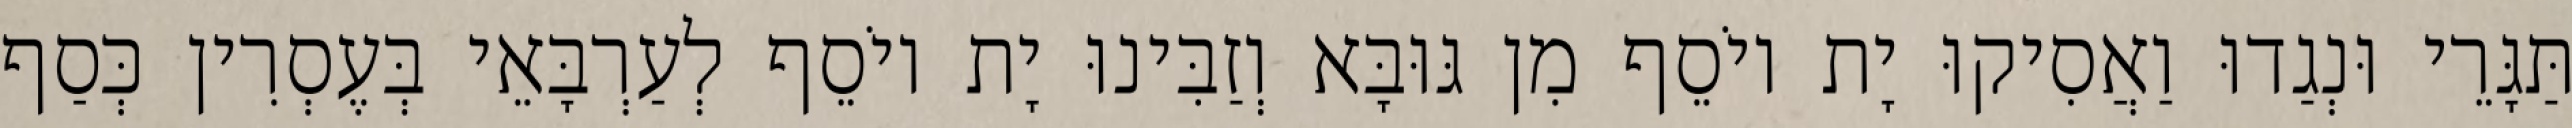
תַּגָּרֵי וּנְגַדוּ וַאֲסִיקוּ יָת יוֹסֵף מִן גּוּבָּא וְזַבִּינוּ יָת יוֹסֵף לְעַרְבָּאֵי בְּעֶסְרִין כְּסַף